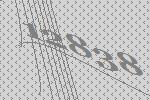
12838